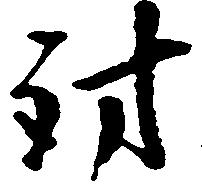
討